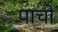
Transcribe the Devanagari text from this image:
पाचो